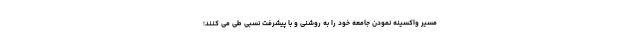
مسیر واکسینه نمودن جامعه خود را به روشنی و با پیشرفت نسبی طی می کنند؛